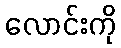
လောင်းကို